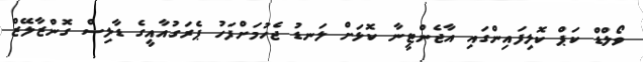
ވޯލްޑް ކަޕް ކޮލިފައިންގައި އާޖެންޓީނާ ކޮޅަށް ލަނޑު ޖެހުމަށްފަހު ޕެރަގުއާއީގެ ޑާލިސް ގޮންޒާލޭޒް